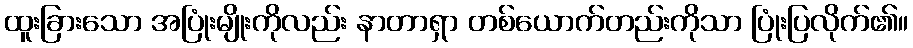
ထူးခြားသော အပြုံးမျိုးကိုလည်း နာတာရှာ တစ်ယောက်တည်းကိုသာ ပြုံးပြလိုက်၏။